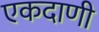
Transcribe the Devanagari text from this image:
एकदाणी